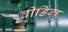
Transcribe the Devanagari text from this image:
वीडिंग